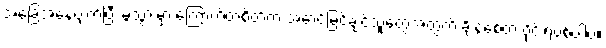
အခြေအနေပျက်ပြီး မွဲသွားမှာ ကြောက်တဲ့စိတ်က အောင်မြင်ချင်သူတွေအတွက် ချိနဲ့စေတဲ့ ဗိုင်းရပ်စ်ပါပဲ။